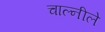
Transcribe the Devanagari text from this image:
चाल्नीले